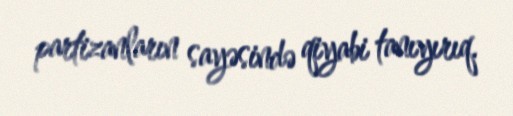
partizanların sayəsində qiyabi tanıyırıq.